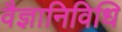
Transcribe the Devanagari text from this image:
वैज्ञानिविधि